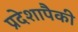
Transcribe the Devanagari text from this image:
प्रदेशापैकी